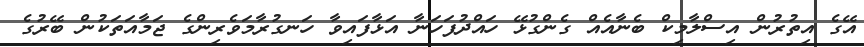
އޭގެ އިތުރުން އިސްލާމިކް ބެނާއެއް ގެންގުޅޭ ހައްދުފަހަނާ އަޅާފައިވާ ހަނގުރާމަވެރިންގެ ޖަމާއަތަކުން ބޭރުގެ